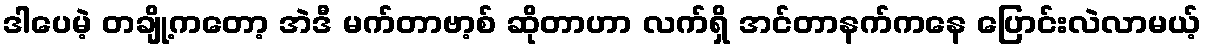
ဒါပေမဲ့ တချို့ကတော့ အဲဒီ မက်တာဗာ့စ် ဆိုတာဟာ လက်ရှိ အင်တာနက်ကနေ ပြောင်းလဲလာမယ့်